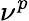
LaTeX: \nu^{p}